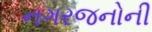
નગરજનોની